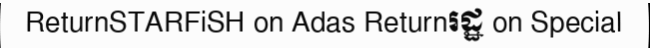
ReturnSTARFiSH on Adas Returnរដ្ឋ on Special